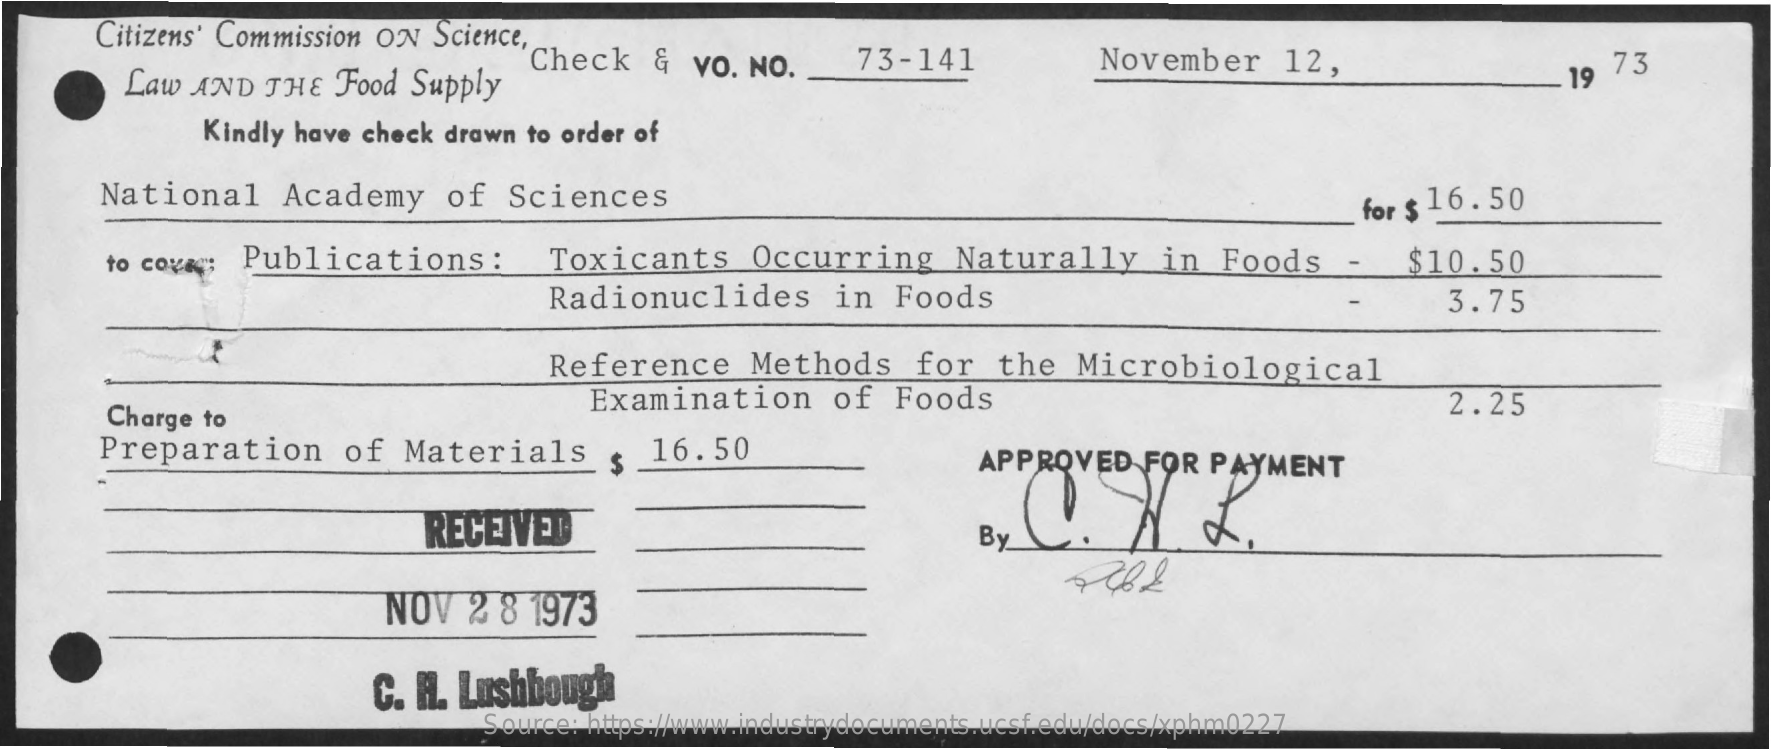
Citizens' Commission ON Science,
     Law AND THE Food Supply
     Check & vo. NO. 73-141   November 12,    19 73
     Kindly have check drawn to order of
     National Academy of Sciences    for $ 16.50
     to cova; Publications : Toxicants Occurring Naturally in Foods - $10.50
     Radionuclides in Foods    3.75
     Reference Methods for the Microbiological
     Charge to
     Examination of Foods    2.25
     Preparation of Materials 16.50    APPROVED FOR PAYMENT
     RECEIVED    By
     NOV 2 8 1973
     C. H. Lushbough
     Source: https://www.industrydocuments.ucsf.edu/docs/xphm0227